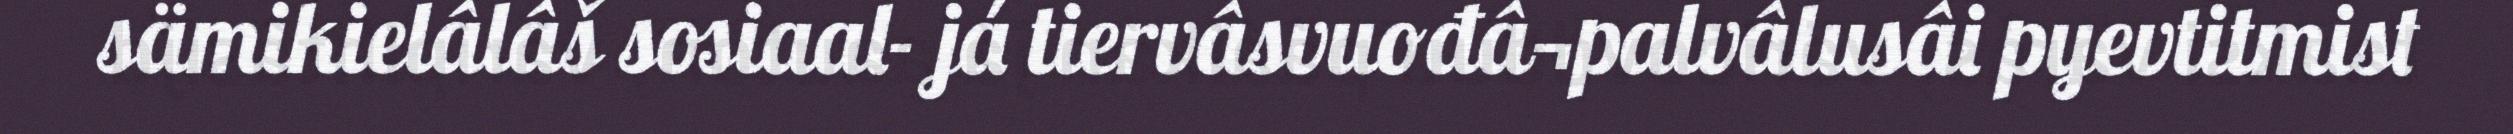
sämikielâlâš sosiaal- já tiervâsvuođâ¬palvâlusâi pyevtitmist